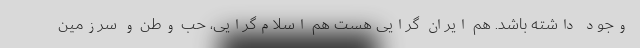
وجود داشته باشد. هم ایران گرایی هست هم اسلام‌گرایی، حب وطن و سرزمین